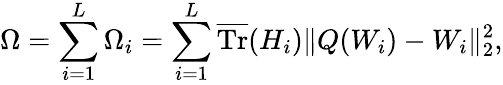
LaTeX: \Omega=\sum_{i=1}^{L}\Omega_{i}=\sum_{i=1}^{L}\overline{{\mathrm{Tr}}}(H_{i})\lVert Q(W_{i})-W_{i}\rVert_{2}^{2},